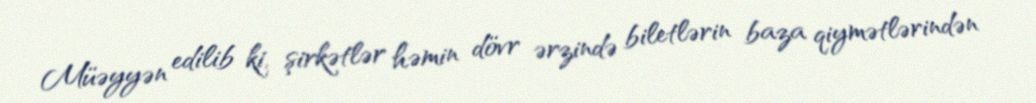
Müəyyən edilib ki, şirkətlər həmin dövr ərzində biletlərin baza qiymətlərindən